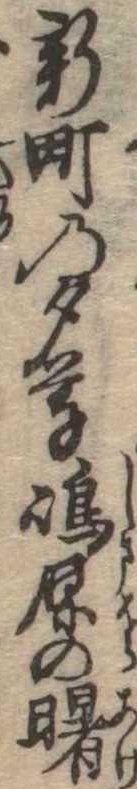
新町の夕暮島原の曙